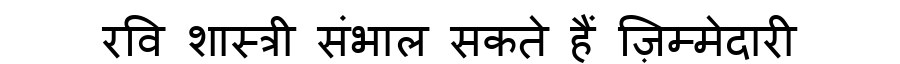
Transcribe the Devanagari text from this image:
रवि शास्त्री संभाल सकते हैं ज़िम्मेदारी